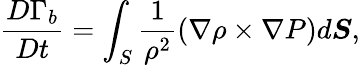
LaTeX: \frac{D\Gamma_{b}}{Dt}=\int_{S}\frac{1}{\rho^{2}}\left(\nabla\rho\times\nabla P\right)d\boldsymbol{S},